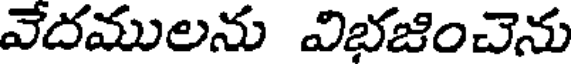
వేదములను విభజించెను